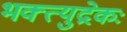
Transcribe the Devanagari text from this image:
भक्त्युद्रेकः